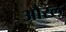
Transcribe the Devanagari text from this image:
औरल